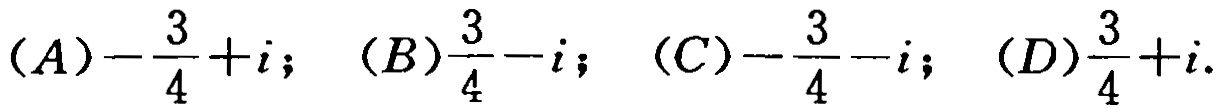
$(A)-\frac{3}{4}+i;\ (B)\frac{3}{4}-i;\ (C)-\frac{3}{4}-i;\ (D)\frac{3}{4}+i.$